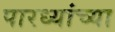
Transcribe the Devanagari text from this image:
पारध्यांच्या